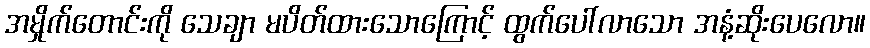
အမှိုက်တောင်းကို သေချာ မပိတ်ထားသောကြောင့် ထွက်ပေါ်လာသော အနံ့ဆိုးပေလော။